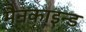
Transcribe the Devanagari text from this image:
मैनकाइन्ड